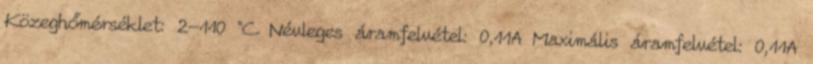
Közeghőmérséklet: 2-110 °C Névleges áramfelvétel: 0,11A Maximális áramfelvétel: 0,11A